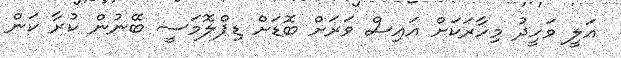
އަލީ ވަހީދު މިހާރަކަށް އައިސް ވަރަށް ބޮޑަށް ޑިޕްލޮމަސީ ބޭނުން ކުރާ ކަން